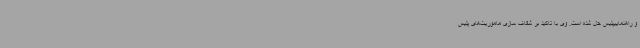
و راهنماییپلیس حل شده است. وی با تاکید بر شفاف سازی ماموریت‌های پلیس